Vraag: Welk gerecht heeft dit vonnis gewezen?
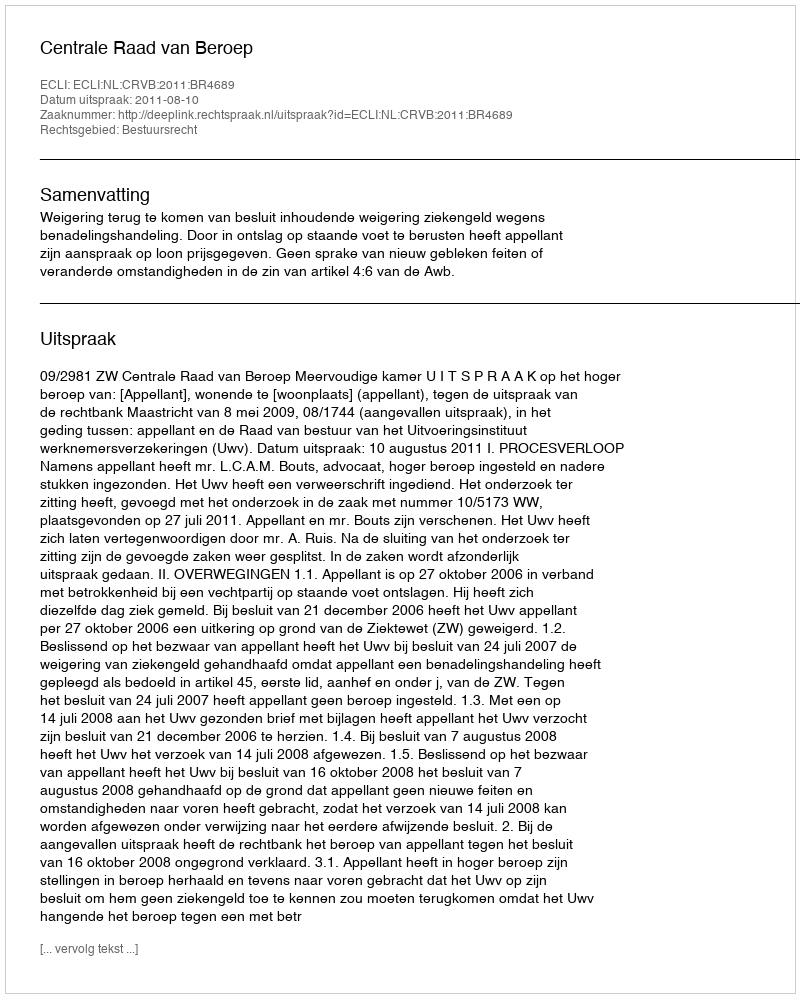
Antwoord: Centrale Raad van Beroep